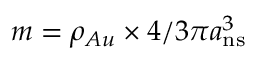
m = \rho _ { A u } \times 4 / 3 \pi a _ { \mathrm { n s } } ^ { 3 }